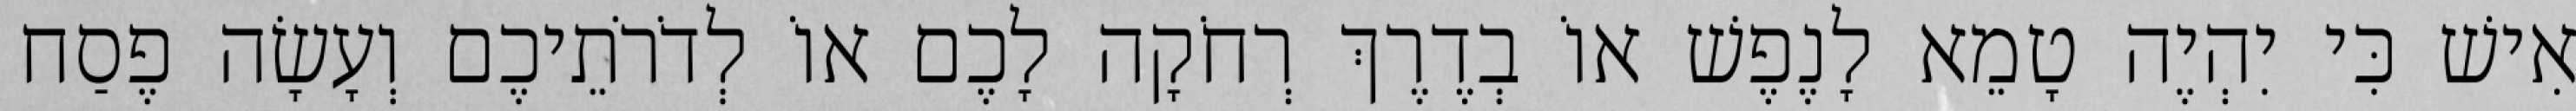
אִישׁ כִּי יִהְיֶה טָמֵא לָנֶפֶשׁ אוֹ בְדֶרֶךְ רְחֹקָה לָכֶם אוֹ לְדֹרֹתֵיכֶם וְעָשָׂה פֶסַח